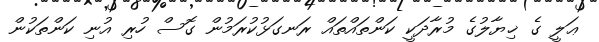
ޢަލީ ގެ ޚިޔާލުގެ މުރާދަކީ ކަންތައްތައް ރަނގަޅުކުރަމުން ގޮސް ހުރި އުނި ކަންތަކުން